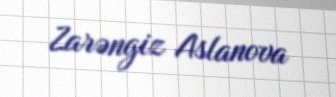
Zarəngiz Aslanova